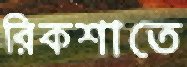
রিকশাতে